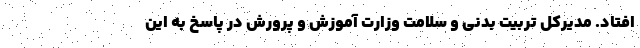
افتاد. مدیرکل تربیت بدنی و سلامت وزارت آموزش و پرورش در پاسخ به این